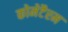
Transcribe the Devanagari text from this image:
कोमेटैरम